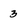
Character: 3